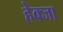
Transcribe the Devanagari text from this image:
हेक्जा